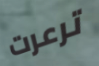
ترعرت